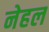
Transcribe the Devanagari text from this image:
नेहल